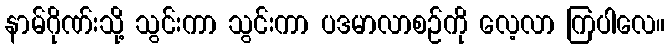
နာမ်ဂိုဏ်းသို့ သွင်းကာ သွင်းကာ ပဒမာလာစဉ်ကို လေ့လာ ကြပါလေ။